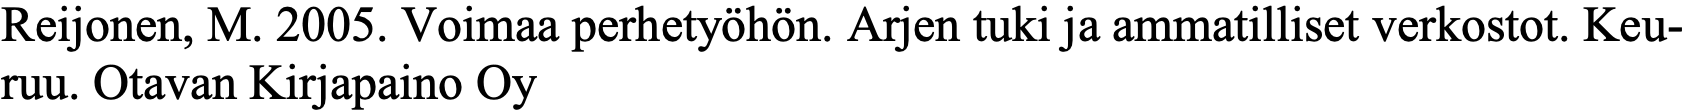
Reijonen, M. 2005. Voimaa perhetyöhön. Arjen tuki ja ammatilliset verkostot. Keu- ruu. Otavan Kirjapaino Oy